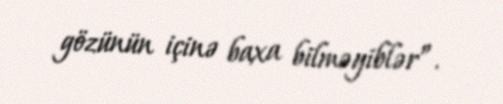
gözünün içinə baxa bilməyiblər”.